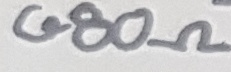
Text: 680Ω